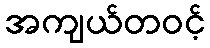
အကျယ်တဝင့်